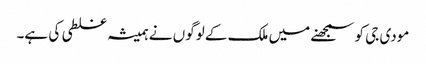
مودی جی کو سمجھنے میں ملک کے لوگوں نے ہمیشہ غلطی کی ہے۔